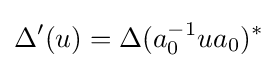
\Delta '(u)=\Delta (a_{0}^{-1}ua_{0})^{*}